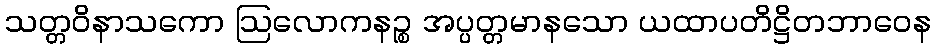
သတ္တဝိနာသကော ဩလောကနဉ္စ အပ္ပတ္တမာနသော ယထာပတိဋ္ဌိတဘာဝေန